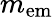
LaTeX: m_{\mathrm{em}}